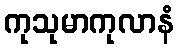
ကုသုမာကုလာနံ